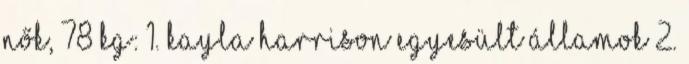
nők, 78 kg: 1. Kayla Harrison Egyesült Államok 2.